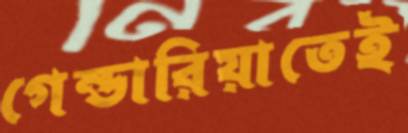
গেন্ডারিয়াতেই